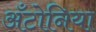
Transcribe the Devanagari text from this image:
अँटोनिया